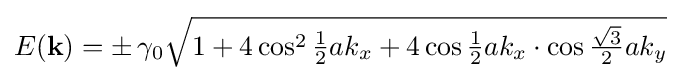
E(\mathbf {k} )=\pm \,\gamma _{0}{\sqrt {1+4\cos ^{2}{{\tfrac {1}{2}}ak_{x}}+4\cos {{\tfrac {1}{2}}ak_{x}}\cdot \cos {{\tfrac {\sqrt {3}}{2}}ak_{y}}}}